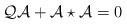
\begin{align*} {\cal Q}\mathcal{A} +\mathcal{A}\star\mathcal{A} =0\end{align*}